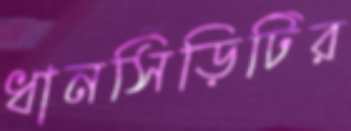
ধানসিঁড়িটির